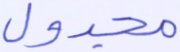
مجدول